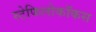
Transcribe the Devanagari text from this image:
स्टेफिलोकॉकस